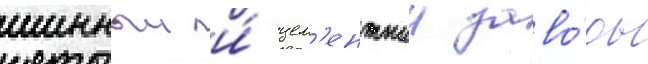
шинныи и́ цем'ентныи заво́ды